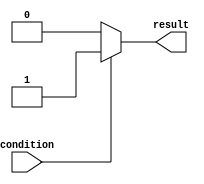
module assign_example (
    input wire condition,
    output reg result
);

always @(*) begin
    if (condition == 1'b1) begin
        result <= 1'b1;
    end else begin
        result <= 1'b0;
    end
end

endmodule